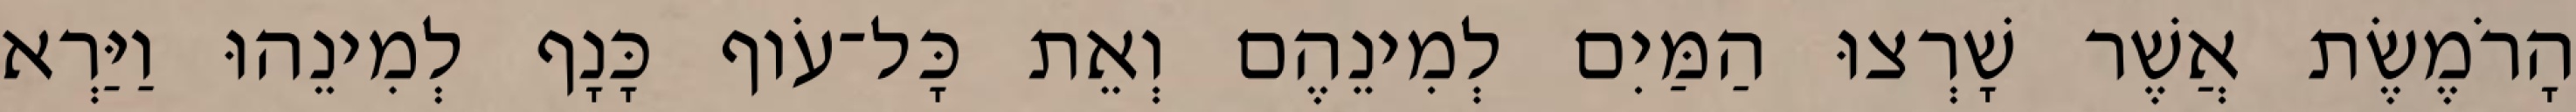
הָרֹמֶשֶׂת אֲשֶׁר שָׁרְצוּ הַמַּיִם לְמִינֵהֶם וְאֵת כָּל־עֹוף כָּנָף לְמִינֵהוּ וַיַּרְא